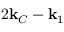
2 \mathbf { k } _ { C } - \mathbf { k } _ { 1 }